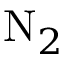
\mathrm { N } _ { 2 }